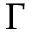
\Gamma